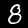
Label: 8